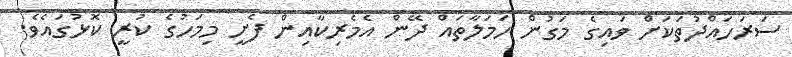
ސަރަހައްދުތަކަށް ވައިގެ މަގުން ހަމަލާތައް ދޭން އެމެރިކާއިން ފެށީ މިމަހުގެ ކުރީ ކޮޅުގައެވެ.